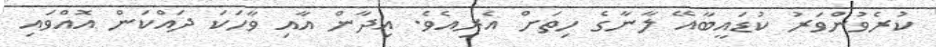
ކުރެވުންވަރު ކުޑައީބާއޭ ލާނާގެ ހިތަށް އެރިއެވެ. އިދާން އާއި ވާހަކަ ދައްކަން އޮއްވައި